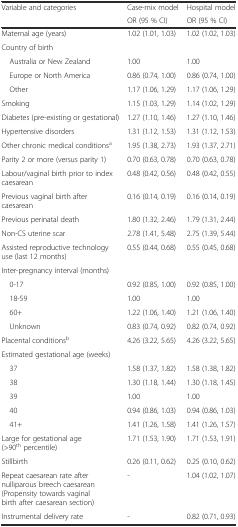
<table><thead><tr><td rowspan="2"><b>Variable and categories</b></td><td><b>Case-mix model</b></td><td><b>Hospital model</b></td></tr><tr><td><b>OR (95 % CI)</b></td><td><b>OR (95 % CI)</b></td></tr></thead><tbody><tr><td>Maternal age (years)</td><td>1.02 (1.01, 1.03)</td><td>1.02 (1.02, 1.03)</td></tr><tr><td>Country of birth</td><td></td><td></td></tr><tr><td> Australia or New Zealand</td><td>1.00</td><td>1.00</td></tr><tr><td> Europe or North America</td><td>0.86 (0.74, 1.00)</td><td>0.86 (0.74, 1.00)</td></tr><tr><td> Other</td><td>1.17 (1.06, 1.29)</td><td>1.17 (1.06, 1.29)</td></tr><tr><td>Smoking</td><td>1.15 (1.03, 1.29)</td><td>1.14 (1.02, 1.29)</td></tr><tr><td>Diabetes (pre-existing or gestational)</td><td>1.27 (1.10, 1.46)</td><td>1.27 (1.10, 1.46)</td></tr><tr><td>Hypertensive disorders</td><td>1.31 (1.12, 1.53)</td><td>1.31 (1.12, 1.53)</td></tr><tr><td>Other chronic medical conditions<sup>a</sup></td><td>1.95 (1.38, 2.73)</td><td>1.93 (1.37, 2.71)</td></tr><tr><td>Parity 2 or more (versus parity 1)</td><td>0.70 (0.63, 0.78)</td><td>0.70 (0.63, 0.78)</td></tr><tr><td>Labour/vaginal birth prior to index caesarean</td><td>0.48 (0.42, 0.56)</td><td>0.48 (0.42, 0.55)</td></tr><tr><td>Previous vaginal birth after caesarean</td><td>0.16 (0.14, 0.19)</td><td>0.16 (0.14, 0.19)</td></tr><tr><td>Previous perinatal death</td><td>1.80 (1.32, 2.46)</td><td>1.79 (1.31, 2.44)</td></tr><tr><td>Non-CS uterine scar</td><td>2.78 (1.41, 5.48)</td><td>2.75 (1.39, 5.44)</td></tr><tr><td>Assisted reproductive technology use (last 12 months)</td><td>0.55 (0.44, 0.68)</td><td>0.55 (0.45, 0.68)</td></tr><tr><td>Inter-pregnancy interval (months)</td><td></td><td></td></tr><tr><td> 0-17</td><td>0.92 (0.85, 1.00)</td><td>0.92 (0.85, 1.00)</td></tr><tr><td> 18-59</td><td>1.00</td><td>1.00</td></tr><tr><td> 60+</td><td>1.22 (1.06, 1.40)</td><td>1.21 (1.06, 1.40)</td></tr><tr><td> Unknown</td><td>0.83 (0.74, 0.92)</td><td>0.82 (0.74, 0.92)</td></tr><tr><td>Placental conditions<sup>b</sup></td><td>4.26 (3.22, 5.65)</td><td>4.26 (3.22, 5.65)</td></tr><tr><td>Estimated gestational age (weeks)</td><td></td><td></td></tr><tr><td> 37</td><td>1.58 (1.37, 1.82)</td><td>1.58 (1.38, 1.82)</td></tr><tr><td> 38</td><td>1.30 (1.18, 1.44)</td><td>1.30 (1.18, 1.45)</td></tr><tr><td> 39</td><td>1.00</td><td>1.00</td></tr><tr><td> 40</td><td>0.94 (0.86, 1.03)</td><td>0.94 (0.86, 1.03)</td></tr><tr><td> 41+</td><td>1.41 (1.26, 1.58)</td><td>1.41 (1.26, 1.57)</td></tr><tr><td>Large for gestational age (&gt;90<sup>th</sup> percentile)</td><td>1.71 (1.53, 1.90)</td><td>1.71 (1.53, 1.91)</td></tr><tr><td>Stillbirth</td><td>0.26 (0.11, 0.62)</td><td>0.25 (0.10, 0.62)</td></tr><tr><td>Repeat caesarean rate after nulliparous breech caesarean (Propensity towards vaginal birth after caesarean section)</td><td>-</td><td>1.04 (1.02, 1.07)</td></tr><tr><td>Instrumental delivery rate</td><td>-</td><td>0.82 (0.71, 0.93)</td></tr></tbody></table>